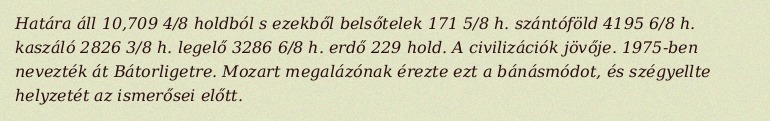
Határa áll 10,709 4/8 holdból s ezekből belsőtelek 171 5/8 h. szántóföld 4195 6/8 h. kaszáló 2826 3/8 h. legelő 3286 6/8 h. erdő 229 hold. A civilizációk jövője. 1975-ben nevezték át Bátorligetre. Mozart megalázónak érezte ezt a bánásmódot, és szégyellte helyzetét az ismerősei előtt.